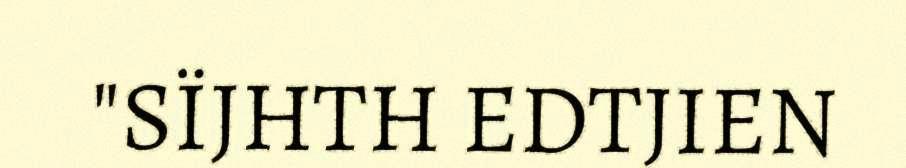
"SÏJHTH EDTJIEN